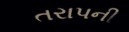
તરાપની